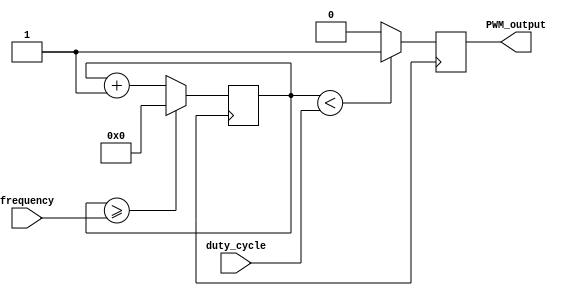
module PWM_generator(
  input wire [7:0] duty_cycle,
  input wire [15:0] frequency,
  output reg PWM_output
);

reg [15:0] counter;

always @ (posedge clk) begin
  counter <= counter + 1;
  if (counter >= frequency) begin
    counter <= 0;
  end

  if (counter < duty_cycle) begin
    PWM_output <= 1;
  end else begin
    PWM_output <= 0;
  end
end

endmodule